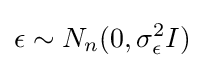
\epsilon \sim N_{n}(0,\sigma _{\epsilon }^{2}I)